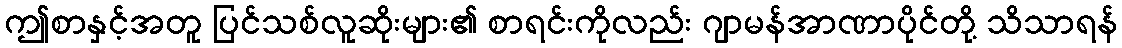
ဤစာနှင့်အတူ ပြင်သစ်လူဆိုးများ၏ စာရင်းကိုလည်း ဂျာမန်အာဏာပိုင်တို့ သိသာရန်